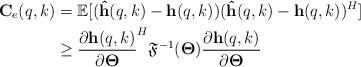
LaTeX: \begin{align*} \mathbf{C}_e(q,k) &=\mathbb{E}[(\mathbf{\hat{h}}(q,k)-\mathbf{h}(q,k))(\mathbf{\hat{h}}(q,k)-\mathbf{h}(q,k))^H]\\ &\geq\frac{\partial \mathbf{h}(q,k)}{\partial \boldsymbol{\Theta}}^H\mathfrak{{F}}^{-1}(\boldsymbol{\Theta})\frac{\partial \mathbf{h}(q,k)}{\partial \boldsymbol{\Theta} }\end{align*}